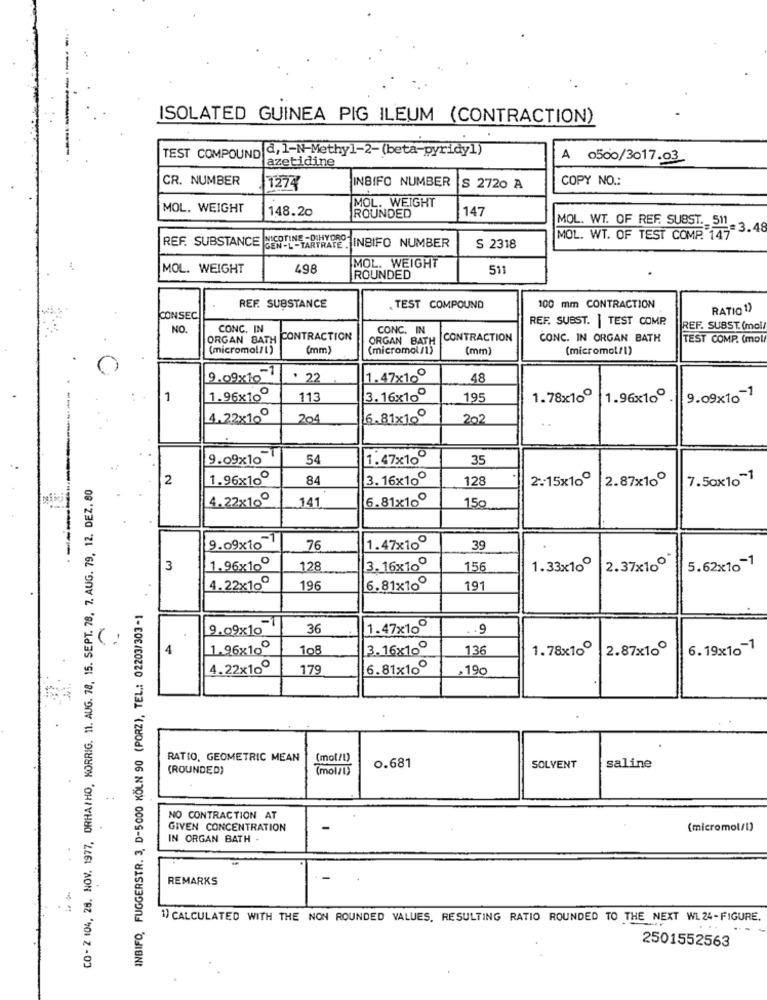
ISOLATED GUINEA PIG ILEUM (CONTRACTION)
d, 1-N-Methyl-2-(beta-pyridy1)
TEST COMPOUND
azetidine
0500/3017.03
CR. NUMBER
COPY NO .:
1274
INBIFO NUMBER
S 2720 A
MOL. WEIGHT
MOL. WEIGHT
148.20
147
ROUNDED
MOL. WT. OF REF. SUBST. 511
MOL. WT. OF TEST COMP. 147 3.48
REF. SUBSTANCE
GEN-L-TARTRATE . INBIFO NUMBER
S 2318
MOL. WEIGHT
MOL. WEIGHT
498
511
ROUNDED
REF. SUBSTANCE
. TEST COMPOUND
100 mm CONTRACTION
RATIO 1)
CONSEC
REF. SUBST. | TEST COMP.
NO.
CONC. IN
CONC. IN
REF. SUBST. (mol/
ORGAN BATH
CONTRACTION
ORGAN BATH
CONTRACTION
CONC. IN ORGAN BATH
TEST COMP. (mol
(micromol/l)
(mm)
(micromol/1)
(mm)
(micromol/l)
9.09x10-1
. 22
1.47x10º
48
1
1.96x10º
113
3.16x10º
195
1.78x10º
1.96x10º
9.09x10-1
4.22×10º
204
6.81×10º
202
9.09x10-
54
1.47x10º
35
---
CO - 2 104, 28. NOV. 1977, ORHA/HO, KORRIG. 11. AUG. 78, 15. SEPT. 78, 7. AUG. 79, 12. DEZ. 80
2
1.96x10º
84
3. 16x10º
128
2.15x10º
2.87x10º
7.50x10-1
4.22×10
6.81x10
150
141
9.09x10-1
76
1.47x10º
39
3
1.96x10º
128
3.16x10º
156
1.33x10º
2.37x10º
5.62×10-1
4.22x10º
196
6.81x10º
191
INBIFO, FUGGERSTR. 3, D-5000 KÖLN 90 (PORZ), TEL .: 02203/303-1
9.09x10
36
1.47x10º
. .
4
1.96x10º
108
3.16x10º
136
1.78x10º
2.87x10º
6.19x10-1
4.22x10º
179
6.81x10º
.19
RATIO, GEOMETRIC MEAN
(mot/!)
0.681
(ROUNDED)
(mol/l)
SOLVENT
saline
NO CONTRACTION AT
GIVEN CONCENTRATION
(micromol/l)
IN ORGAN BATH .
REMARKS
1) CALCULATED WITH THE NON ROUNDED VALUES, RESULTING RATIO ROUNDED TO THE NEXT WL 24-FIGURE
...
2501552563